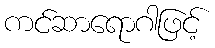
ကင်ဆာရောဂါဖြင့်